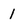
Character: 1